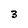
Character: 3